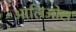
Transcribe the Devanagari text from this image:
आलिओस